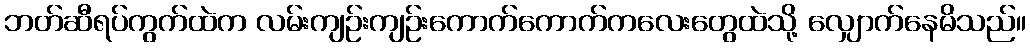
ဘတ်ဆီရပ်ကွက်ထဲက လမ်းကျဉ်းကျဉ်းကောက်ကောက်ကလေးတွေထဲသို့ လျှောက်နေမိသည်။